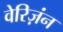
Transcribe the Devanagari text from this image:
वेरिज़ंन